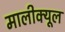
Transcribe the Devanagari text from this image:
मालीक्यूल